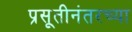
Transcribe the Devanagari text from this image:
प्रसूतीनंतरच्या